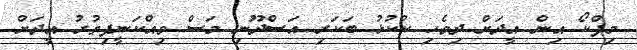
މިފްކޯ އިން އީދަށް ދިވެހި ކުކުޅު ބަކަރި އަސްދޫނި މަސް ވިއްކަނީފިތުރު އީދަށް